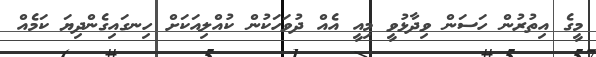
މީގެ އިތުރުން ހަސަން ވިދާޅުވީ މިއީ އެއް ދުވަހަކުން ކުއްލިއަކަށް ހިނގައިގެންދިޔަ ކަމެއް